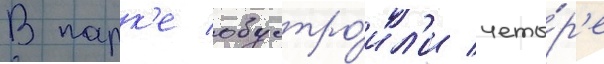
В парк'е обустро́ил'и четы́р'е